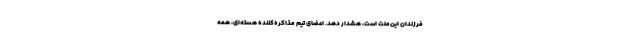
فرزندان این‌ملت است، هشدار دهد. اعضای تیم مذاکره‌کننده هسته‌ای، همه